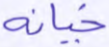
خيانة